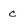
Character: c